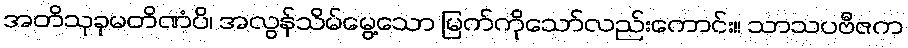
အတိသုခုမတိဏံပိ၊ အလွန်သိမ်မွေ့သော မြက်ကိုသော်လည်းကောင်း။ သာသပဗီဇက